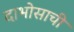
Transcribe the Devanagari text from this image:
दाभोसाची